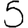
Digit: 5